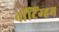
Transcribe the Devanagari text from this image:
नाॅटिंग्हम